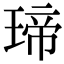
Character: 𤧛